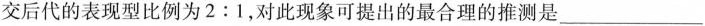
交后代的表现型比例为2:1，对此现象可提出的最合理的推测是___